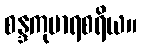
စန္ဒကုမာရစရိယ။